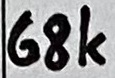
Text: 68K